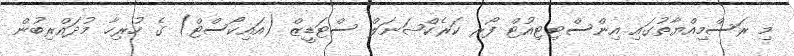
މި ރަސްމިއްޔާތުގައި އިންސްޓިޓިއުޓް ފޯރ ކަރެކްޝަނަލް ސްޓަޑީޒް (އައިކޯސްޓް) ގެ ހުރިހާ މުދައްރިބުން